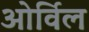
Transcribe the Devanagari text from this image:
ओर्विल